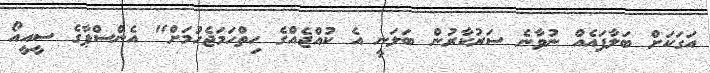
އަގަކަށް ބަލާފައެއް ނުވާނެ ސަރުކާރުން ބަލަނީ އެ ކުއްޖެއްގެ ހިތްހަމަޖެހުމަށް" އެންސްޕާގެ ސީއީއޯ